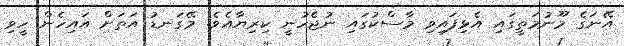
އޭނަގެ މޫނުމަތީގައި އެޅިފައިވި މާސްކުގައި ނުޖެހުނީ ކިރިޔާއެވެ. މޭގަނޑު އަތަށް އައިހެން ހީވި